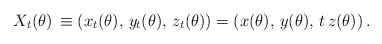
\begin{align*}X_t(\theta) \,\equiv\left(x_t(\theta),\, y_t(\theta),\, z_t(\theta)\right) = \left(x(\theta),\,y(\theta),\, t\,z(\theta)\right).\end{align*}